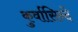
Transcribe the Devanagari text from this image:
कुर्वासिन्दे